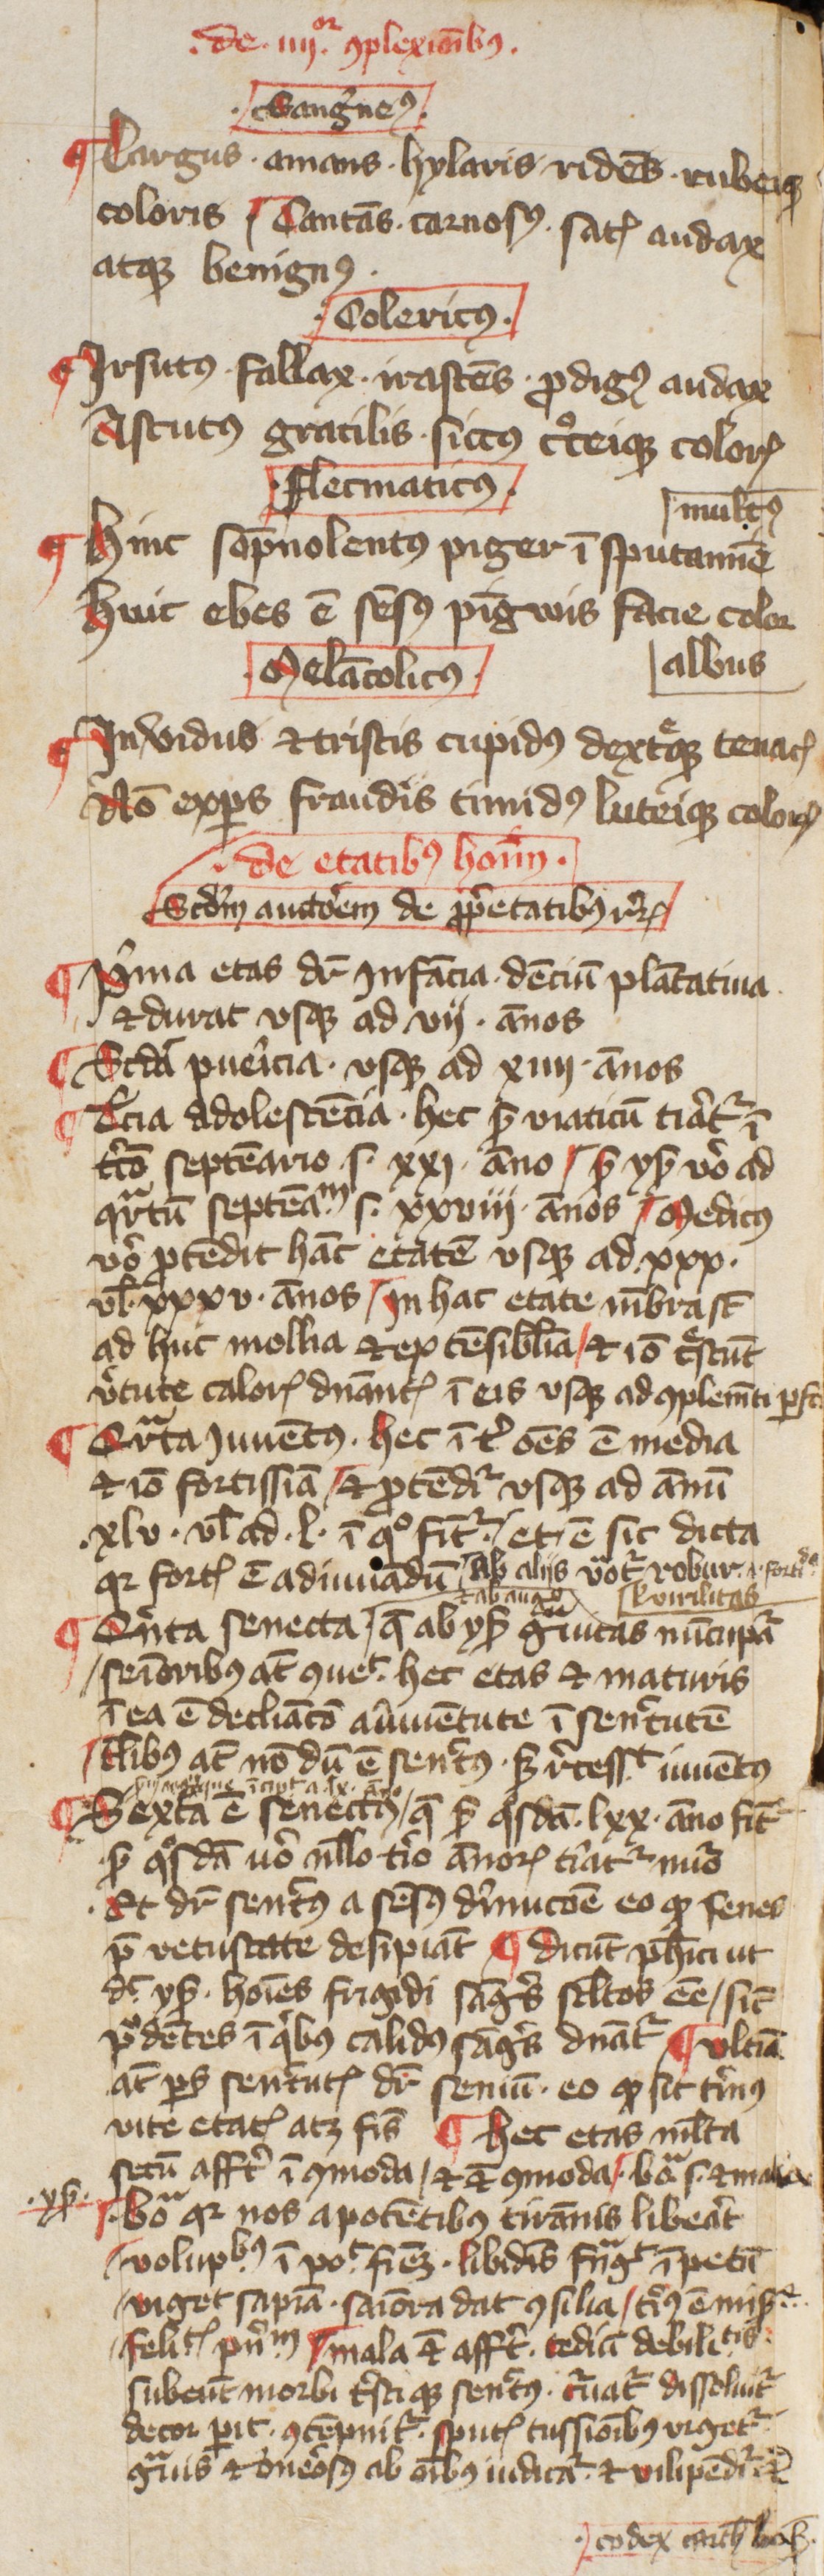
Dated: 1400–1424